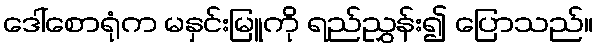
ဒေါ်စောရုံက မနှင်းမြူကို ရည်ညွှန်း၍ ပြောသည်။